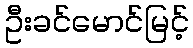
ဦးခင်မောင်မြင့်